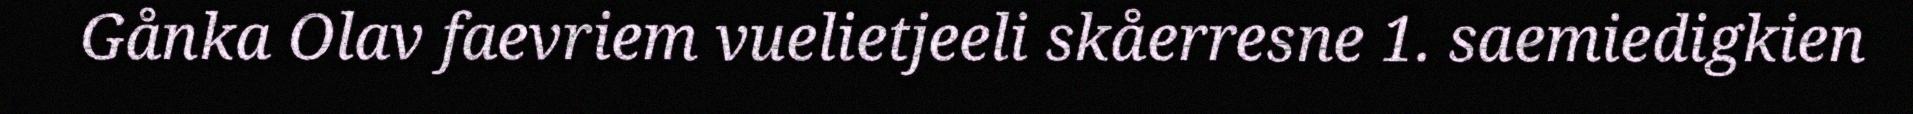
Gånka Olav faevriem vuelietjeeli skåerresne 1. saemiedigkien